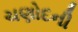
ચણોદની